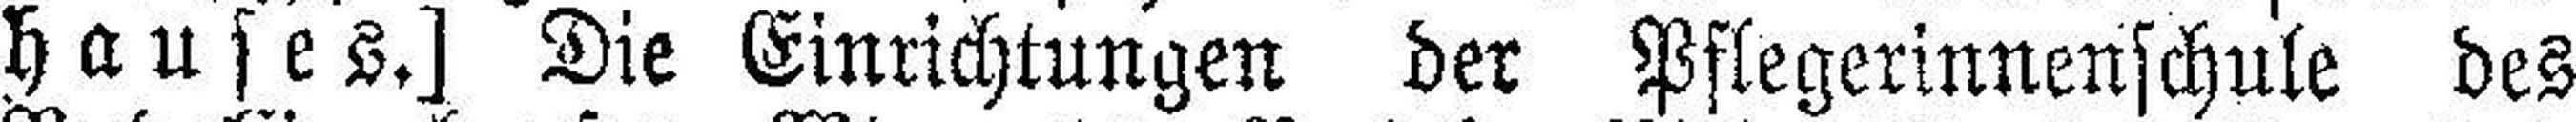
hauses.] Die Einrichtungen der Pflegerinnenschule des